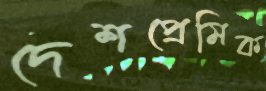
দেশপ্রেমিক